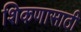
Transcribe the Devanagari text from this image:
शिकणासाठी